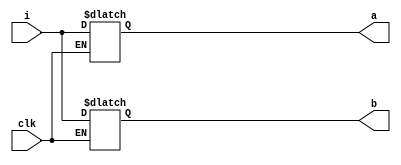
`timescale 1ns / 1ps
/*******************************************************************
*
* Module: DataMemory.v
* Project: Pipelined RISC-V Processor
* Description: decoder for the RISC-V processor.
*
**********************************************************************/


module decoder(
    input clk, 
    input [31:0] i,
    output  reg [31:0] a,
    output  reg [31:0] b
    );
    
    always @(*) begin
    if (clk) a=i; else b=i;
    end
    
endmodule